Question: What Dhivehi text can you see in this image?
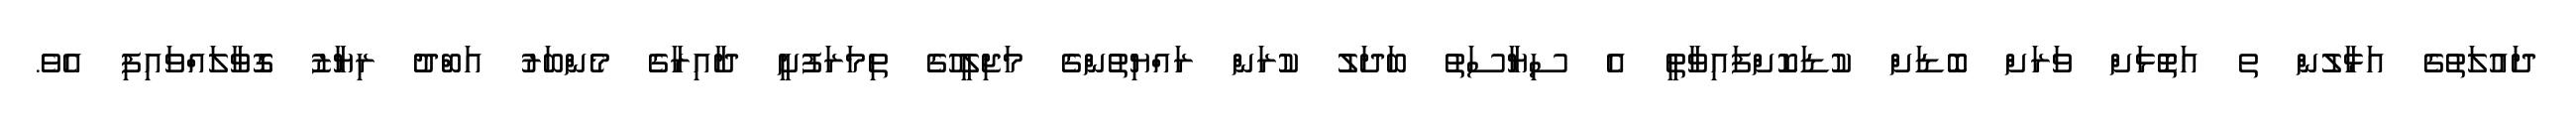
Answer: ދައުލަތުގެ އަޅާލުން ތ އަތޮޅަށް ވަރަށް ބޮޑަށް ކުޑަކޮށްފައިވާތީ އެ ސިޔާސަތު ބަދަލު ކުރަން ރައްޔިތުންގެ މަޖިލީހުގެ ތިމަރަފުށީ ދާއިރާގެ މެންބަރު އަބްދު ރިޔާޒު ގޮވާލައްވައިފި އެވެ.